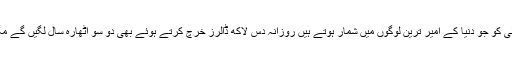
بتایا گیا ہے کہ میکسیکو کے کارلوس سلم کو اور ان کی فیملی کو جو دنیا کے امیر ترین لوگوں میں شمار ہوتے ہیں روزانہ دس لاکھ ڈالرز خرچ کرتے ہوئے بھی دو سو اٹھارہ سال لگیں گے مگر ان کی دولت ختم نہیں ہوگی بلکہ مزید اضافہ ہو جائے گا۔